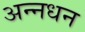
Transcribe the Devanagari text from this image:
अन्‍नधन